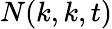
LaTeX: N(k,k,t)